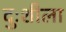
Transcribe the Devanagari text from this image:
दुःशीला